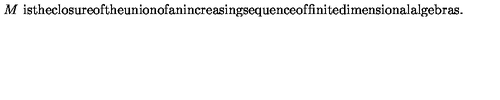
\begin{matrix} { } & { M \ \mathrm { i s t h e c l o s u r e o f t h e u n i o n o f a n i n c r e a s i n g s e q u e n c e o f } } \\ { } & { \mathrm { f i n i t e d i m e n s i o n a l a l g e b r a s . } \hfill } \\ \end{matrix}